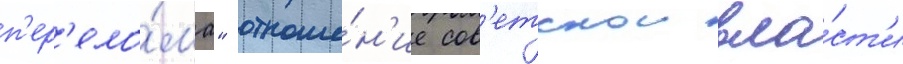
п'ер'ело́ма" отноше́н'ие сов'етскои вла́ст'и